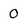
Character: 0